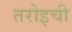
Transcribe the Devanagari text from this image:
तरोइची